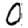
Digit: 0